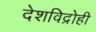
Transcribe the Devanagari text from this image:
देशविद्रोही